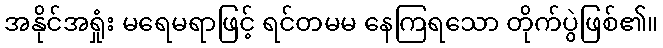
အနိုင်အရှုံး မရေမရာဖြင့် ရင်တမမ နေကြရသော တိုက်ပွဲဖြစ်၏။